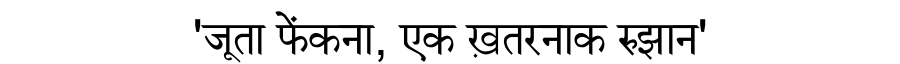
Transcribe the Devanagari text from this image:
'जूता फेंकना, एक ख़तरनाक रुझान'